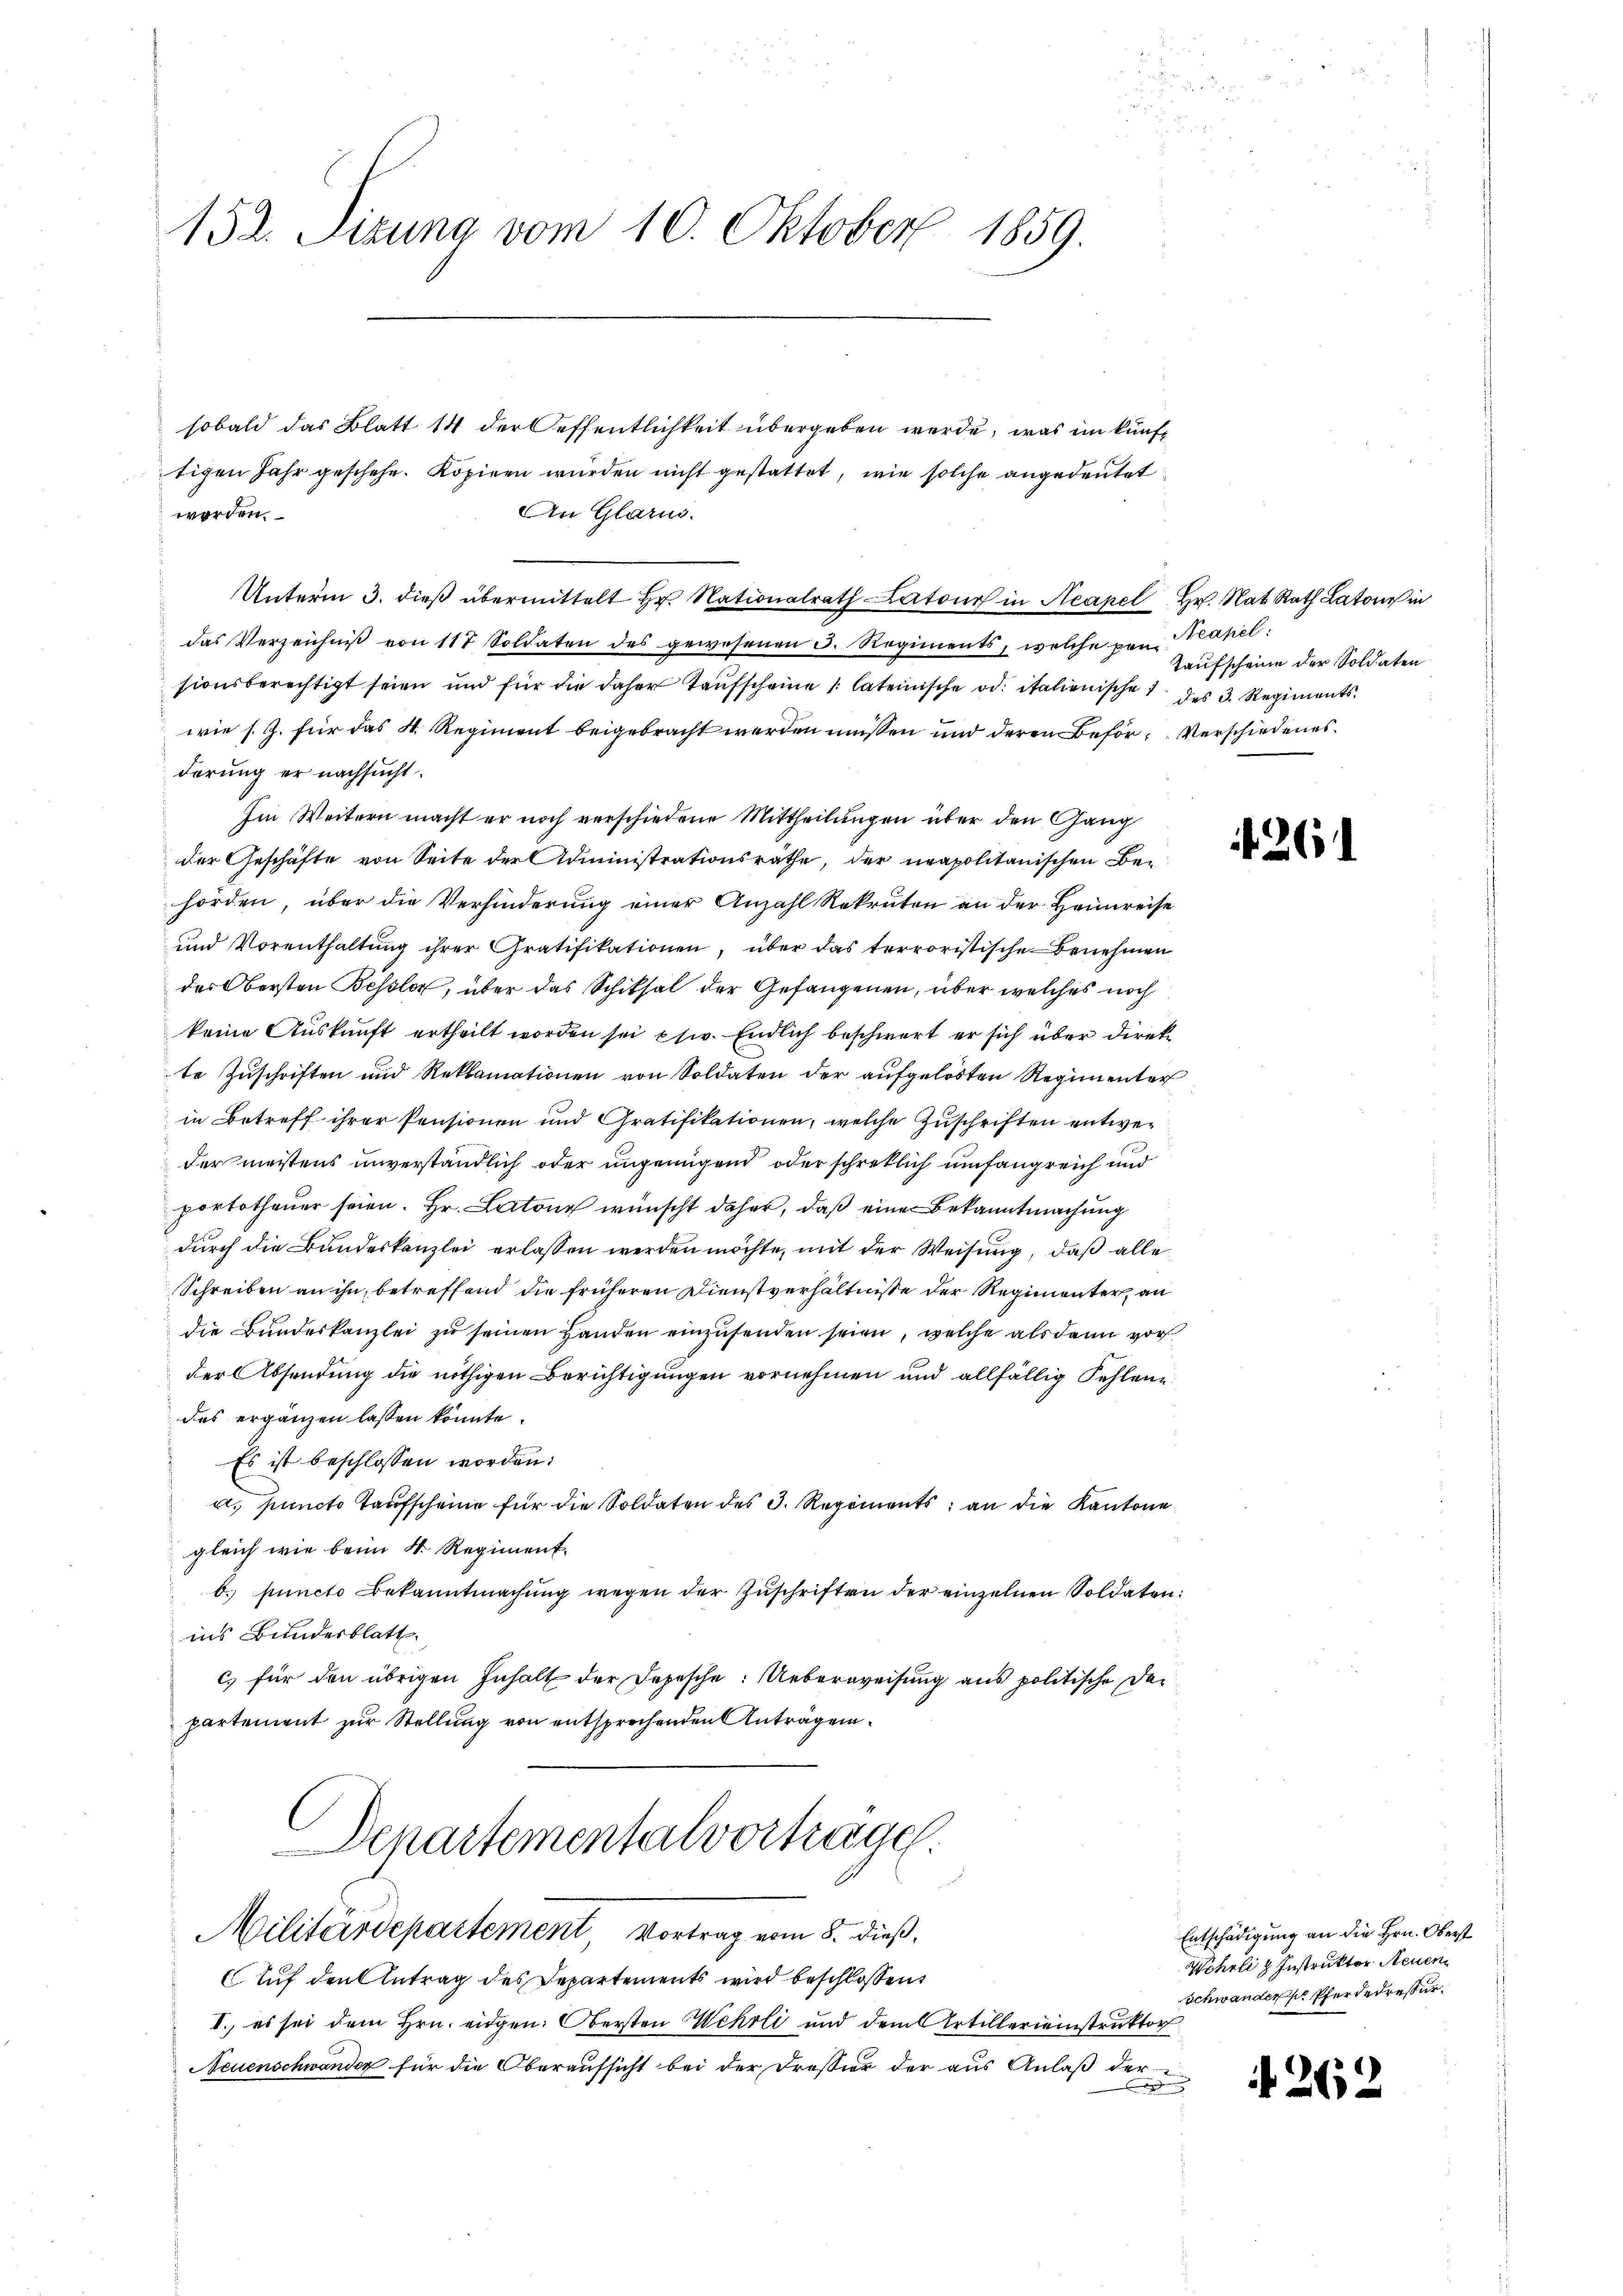
152. Sizung vom 10. Oktober
1834.

sobald das Blatt 14 der Oeffentlichkeit übergeben werde, was im künftigen Jahr geschehe. Köpiren wurden nicht gestattet, wie solche angedeutet
An Glarus.
worden.
Unterm 3. dieβ übermittelt Hr. Nationalrath Latone in Neapel. Hr. Nat. Rath Lato in
das Verzeichniβ von 117 Soldaten des gewesenen 3. Regiments, welche von Neapel
sionsberechtigt seien und für die daher Taufscheine 1 lateinische od. italienische 1 des 3. Regiments
wie s. Z. für das 4. Regiment beigebracht werden müssen und deren Beför-Verschiedenes.
derung er nachsucht.
Im Weitern macht er noch verschiedene Mittheilungen über den Gang
der Geschäfte von Seite der Administrationsräthe, der neapolitanischen Behörden, über die Verhinderung einer Anzahl Rekruten an der Heimreise
und Vorenthaltŭng ihrer Gratifikationen, über das terroristische Benehmen
des Obersten Bessler, über das Schiksal der Gefangenen, über welches noch
keine Auskunft ertheilt worden sei psi. Endlich beschwert er sich über direkte Zuschriften und Reklamationen von Soldaten der aufgelösten Regimenter
in Betreff ihrer Pensionen und Gratifikationen, welche Zuschriften entweder meistens unverständlich oder ungenügend oder schretlich umfangreich und
portotheuer seien. Hr. Latone wünscht daher, daß eine Bekanntmachung
durch die Bundeskanzlei erlassen werden möchte, mit der Weisung, daß alle
Schreiben an ihn, betreffend die früheren Dienstverhältnisse der Regimenter an
die Bundeskanzlei zu seinen Handen einzusenden seien, welche als dann vor
der Absendung die nöthigen Berichtigungen vornehmen und allfällig Fehlene
das ergänzen lassen könnte.
Es ist beschlossen worden.
a. puncto Taufscheine für die Soldaten des 3. Regiments; an die Kantone
gleich wie beim 4. Regiment.
b. puncto Bekanntmachung wegen der Zuschriften der einzelnen Soldaten:
ins Bundesblatt.
c) für den übrigen Inhalt der Depesche: Ueberweisung aus politische Departement zur Stellung von entsprechenden Anträgen
Departementalvortrage
Militärdepartement Vortrag vom 8. dieß,
Auf den Antrag des Departements wird beschlossen,
I., es sei dem Hrn. eidgen: Obersten Wehrli und dem Artillereinstruktor
Neuenschwander für die Oberaufsicht bei der Dreßier der aus Anlaß der
E

Taufscheine der Soldaten

26

Entschädigung an die Hrn. Oberst
Wohrli & Instruktor Neuen
Schwander Pferdedressur.

262